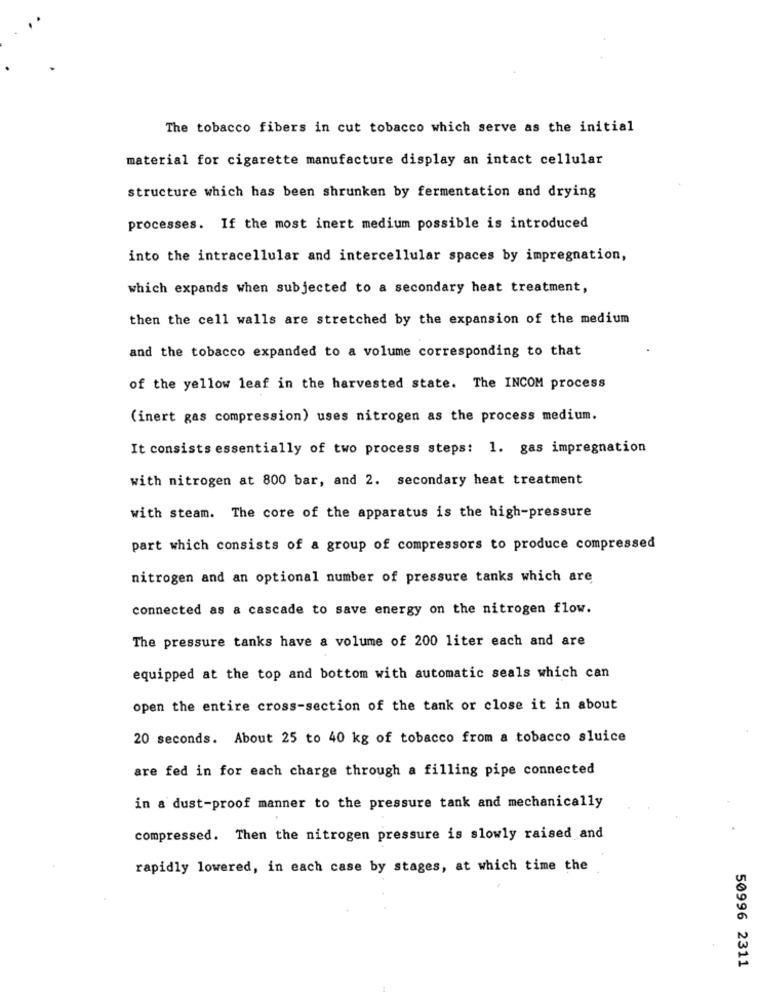
The tobacco fibers in cut tobacco which serve as the initial
material for cigarette manufacture display an intact cellular
structure which has been shrunken by fermentation and drying
processes. If the most inert medium possible is introduced
into the intracellular and intercellular spaces by impregnation,
which expands when subjected to a secondary heat treatment,
then the cell walls are stretched by the expansion of the medium
and the tobacco expanded to a volume corresponding to that
of the yellow leaf in the harvested state. The INCOM process
(inert gas compression) uses nitrogen as the process medium.
It consists essentially of two process steps: 1. gas impregnation
with nitrogen at 800 bar, and 2. secondary heat treatment
with steam. The core of the apparatus is the high-pressure
part which consists of a group of compressors to produce compressed
nitrogen and an optional number of pressure tanks which are
connected as a cascade to save energy on the nitrogen flow.
The pressure tanks have a volume of 200 liter each and are
equipped at the top and bottom with automatic seals which can
open the entire cross-section of the tank or close it in about
20 seconds. About 25 to 40 kg of tobacco from a tobacco sluice
are fed in for each charge through a filling pipe connected
in a dust-proof manner to the pressure tank and mechanically
compressed. Then the nitrogen pressure is slowly raised and
rapidly lowered, in each case by stages, at which time the
50996 2311